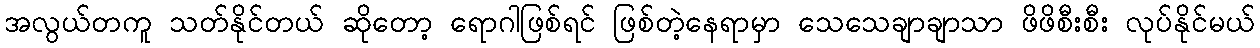
အလွယ်တကူ သတ်နိုင်တယ် ဆိုတော့ ရောဂါဖြစ်ရင် ဖြစ်တဲ့နေရာမှာ သေသေချာချာသာ ဖိဖိစီးစီး လုပ်နိုင်မယ်